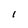
Character: l